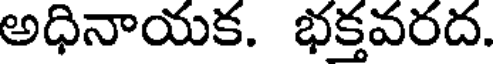
అధినాయక. భక్తవరద.